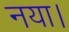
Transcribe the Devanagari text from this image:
नया।